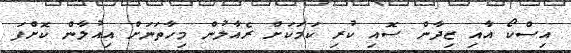
އިސްކޯ އާއި ޒިދާން ސޮއި ކުރި ކަމަކަށް ރެއާލުން މިހާތަނަށް އިއުލާން ކޮށްފަ